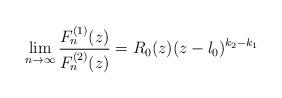
LaTeX: \begin{align*}\lim_{n\to\infty}\frac{F_n^{(1)}(z)}{F_n^{(2)}(z)}=R_0(z)(z-\l_0)^{k_2-k_1}\end{align*}